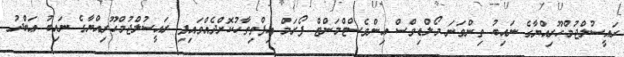
ރައީސުލްޖުމްހޫރިއްޔާގެ ނައިބު ތިންވަނަ މޯލްޑިވްސް އިންވެސްޓްމަންޓް ފޯރަމް އިފްތިތާހުކޮށްދެއްވައިފި ރައީސުލްޖުމްހޫރިއްޔާގެ ނައިބު ޢަބްދު